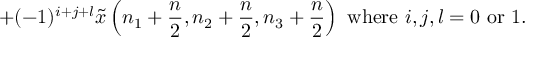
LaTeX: + ( - 1 ) ^ { i + j + l } { \tilde { x } } \left( n _ { 1 } + { \frac { n } { 2 } } , n _ { 2 } + { \frac { n } { 2 } } , n _ { 3 } + { \frac { n } { 2 } } \right) { \mathrm { ~ w h e r e ~ } } i , j , l = 0 { \mathrm { ~ o r ~ } } 1 .